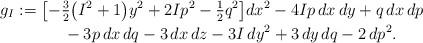
LaTeX: \begin{gather*}g_I := \left[-\tfrac{3}{2} \big(I^2 + 1\big) y^2 + 2 I p^2 - \tfrac{1}{2} q^2\right] \! dx^2 - 4 I p \,dx \,dy + q \,dx \,dp \\\hphantom{g_I :=}{}- 3 p \,dx \,dq - 3 \,dx \,dz - 3 I \,dy^2 + 3 \,dy \,dq - 2 \,dp^2 .\end{gather*}